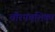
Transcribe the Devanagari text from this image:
चौरपंचशिका